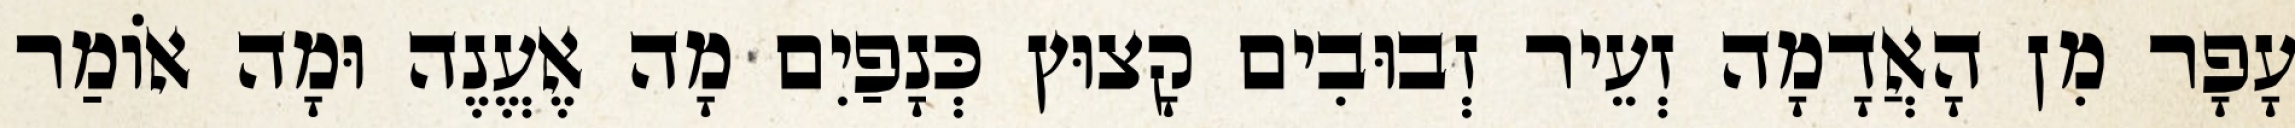
עָפָר מִן הָאֲדָמָה זְעֵיר זְבוּבִים קָצוּץ כְּנָפַיִם מָה אֶעֱנֶה וּמָה אוֹמַר